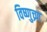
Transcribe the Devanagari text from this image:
विष्णुच्र्ण